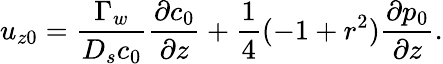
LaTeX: u_{z0}=\frac{\Gamma_{w}}{D_{s}c_{0}}\frac{\partial c_{0}}{\partial z}+\frac{1}{4}(-1+r^{2})\frac{\partial p_{0}}{\partial z}.